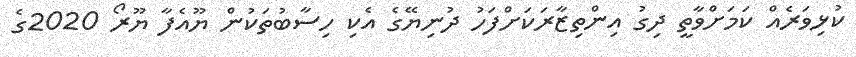
ކުޅިވަރެއް ކަމަށްވާތީ ދިގު އިންތިޒާރަކަށްފަހު ދުނިޔޭގެ އެކި ހިސާބުތަކުން ޔޫއެފާ ޔޫރޯ 2020ގެ